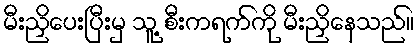
မီးညှိပေးပြီးမှ သူ့ စီးကရက်ကို မီးညှိနေသည်။